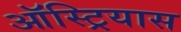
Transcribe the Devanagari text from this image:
ऑस्ट्रियास